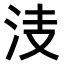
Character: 𣳏